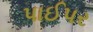
પાઈપર